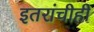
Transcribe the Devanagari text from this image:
इतरांचीही